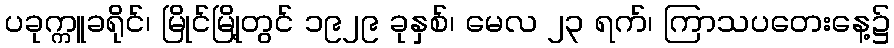
ပခုက္ကူခရိုင်၊ မြိုင်မြို့တွင် ၁၉၂၉ ခုနှစ်၊ မေလ ၂၃ ရက်၊ ကြာသပတေးနေ့၌